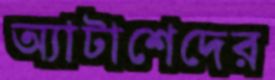
অ্যাটাশেদের